Annual administration report of the Civil Veterinary Department, Sind - 1944-1945
Year: 1944
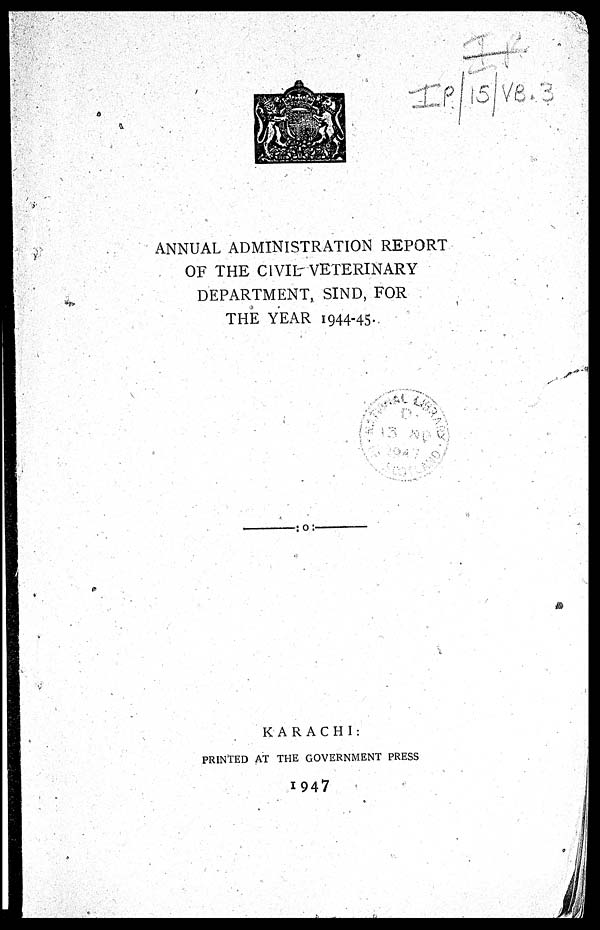
ANNUAL ADMINISTRATION REPORT
OF THE CIVIL VETERINARY
DEPARTMENT, SIND, FOR
THE YEAR 1944-45.
KARACHI:
PRINTED AT THE GOVERNMENT PRESS
1947